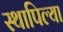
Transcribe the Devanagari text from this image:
स्थापिल्या